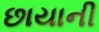
છાયાની